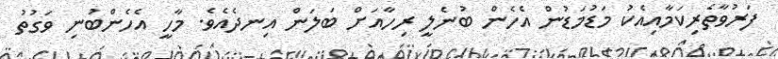
ފަރުވާތެރިކަމާއިއެކު މަޑުމަޑުން އެހެން ބުނެލީ ރިހާއަށް ބަލަން އިނދެއެވެ. މާހީ އެހެންބުނި ވަގުތު